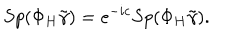
LaTeX: S p ( \Phi _ { H } \tilde { \gamma } ) = e ^ { - i c } S p ( \Phi _ { H } \tilde { \gamma } ) .